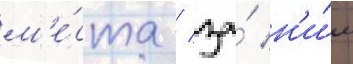
м'е́ста / за́ н'и́м